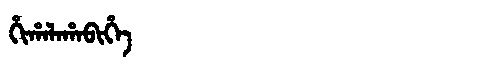
Manchu: ᡥᡳᡥᠠᠯᠠᡥᠠᠪᡳᡥᡝ
Romanization: HIHALAHABIHE